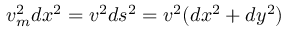
v _ { m } ^ { 2 } d x ^ { 2 } = v ^ { 2 } d s ^ { 2 } = v ^ { 2 } ( d x ^ { 2 } + d y ^ { 2 } )